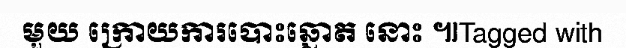
មួយ ក្រោយការបោះឆ្នោត នោះ ៕Tagged with